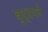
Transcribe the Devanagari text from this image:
बुद्धपर्व